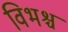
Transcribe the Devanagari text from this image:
विभश्च